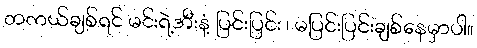
တကယ်ချစ်ရင် မင်းရဲ့အီးနံ့ ပြင်းပြင်း ၊ မပြင်းပြင်းချစ်နေမှာပါ။